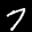
Label: 7